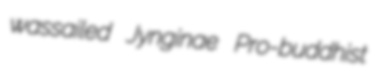
wassailed Jynginae Pro-buddhist